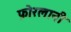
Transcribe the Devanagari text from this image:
फ़ोरलानी